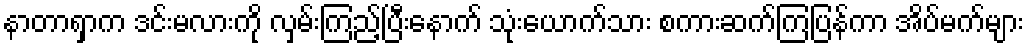
နာတာရှာက ဒင်းမလားကို လှမ်းကြည့်ပြီးနောက် သုံးယောက်သား စကားဆက်ကြပြန်ကာ အိပ်မက်များ